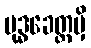
ဗုဒ္ဓခေတ္တမှိ